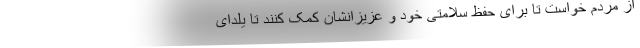
از مردم خواست تا برای حفظ سلامتی خود و عزیزانشان کمک کنند تا یلدای